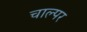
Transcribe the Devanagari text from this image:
चाल्पर